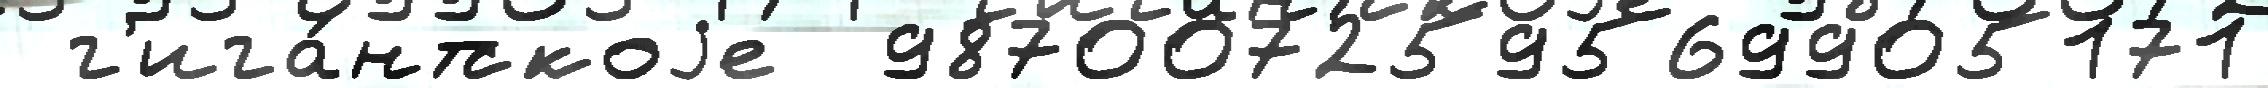
 г'ига́нтскоjе  987007259569905171